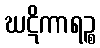
ဃဋိကာရဉ္စ